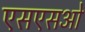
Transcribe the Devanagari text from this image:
एसएसओ